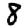
Digit: 8